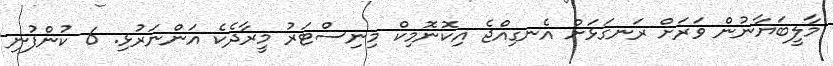
މާލީބަޔާނުން ވަރަށް ރަނގަޅަށް އެނގިއްޖެ އިކޮނޮމިކް މިނިސްޓަރު މީރާދެކެ އަންނަރުޅި. 6 ކުންފުނި